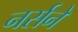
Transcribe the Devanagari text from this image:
नर्सने